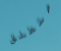
ستطلق